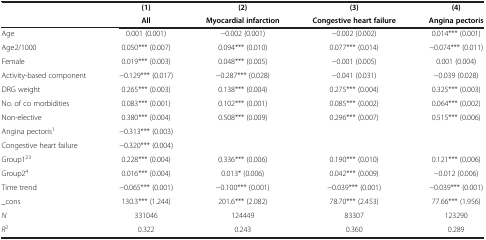
|  | (1) | (2) | (3) | (4) |
 |  | All | Myocardial infarction | Congestive heart failure | Angina pectoris |
 | --- | --- | --- | --- | --- |
 | Age | 0.001 (0.001) | -0.002 (0.001) | -0.002 (0.002) | 0.014*** (0.001) |
 | Age2/1000 | 0.050*** (0.007) | 0.094*** (0.010) | 0.077*** (0.014) | -0.074*** (0.011) |
 | Female | 0.019*** (0.003) | 0.048*** (0.005) | -0.001 (0.005) | 0.001 (0.004) |
 | Activity-based component | -0.129*** (0.017) | -0.287*** (0.028) | -0.041 (0.031) | -0.039 (0.028) |
 | DRG weight | 0.265*** (0.003) | 0.138*** (0.004) | 0.275*** (0.004) | 0.325*** (0.003) |
 | No. of co morbidities | 0.083*** (0.001) | 0.102*** (0.001) | 0.085*** (0.002) | 0.064*** (0.002) |
 | Non-elective | 0.380*** (0.004) | 0.508*** (0.009) | 0.296*** (0.007) | 0.515*** (0.006) |
 | Angina pectoris1 | -0.313*** (0.003) |  |  |  |
 | Congestive heart failure | -0.320*** (0.004) |  |  |  |
 | Group123 | 0.228*** (0.004) | 0.336*** (0.006) | 0.190*** (0.010) | 0.121*** (0.006) |
 | Group24 | 0.016*** (0.004) | 0.013* (0.006) | 0.042*** (0.009) | -0.012 (0.006) |
 | Time trend | -0.065*** (0.001) | -0.100*** (0.001) | -0.039*** (0.001) | -0.039*** (0.001) |
 | _cons | 130.3*** (1.244) | 201.6*** (2.082) | 78.70*** (2.453) | 77.66*** (1.956) |
 | N | 331046 | 124449 | 83307 | 123290 |
 | R2 | 0.322 | 0.243 | 0.360 | 0.289 |